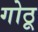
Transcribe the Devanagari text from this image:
गोठू